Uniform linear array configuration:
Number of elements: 8
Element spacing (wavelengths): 0.25
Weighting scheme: cosine
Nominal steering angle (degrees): -15
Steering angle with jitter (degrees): -13.153
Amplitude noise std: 0.05
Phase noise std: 0.05

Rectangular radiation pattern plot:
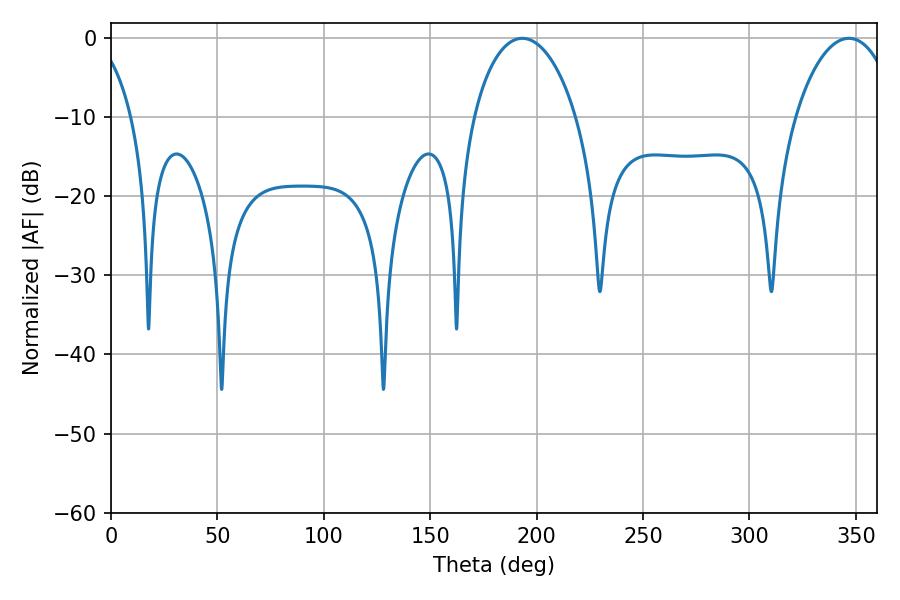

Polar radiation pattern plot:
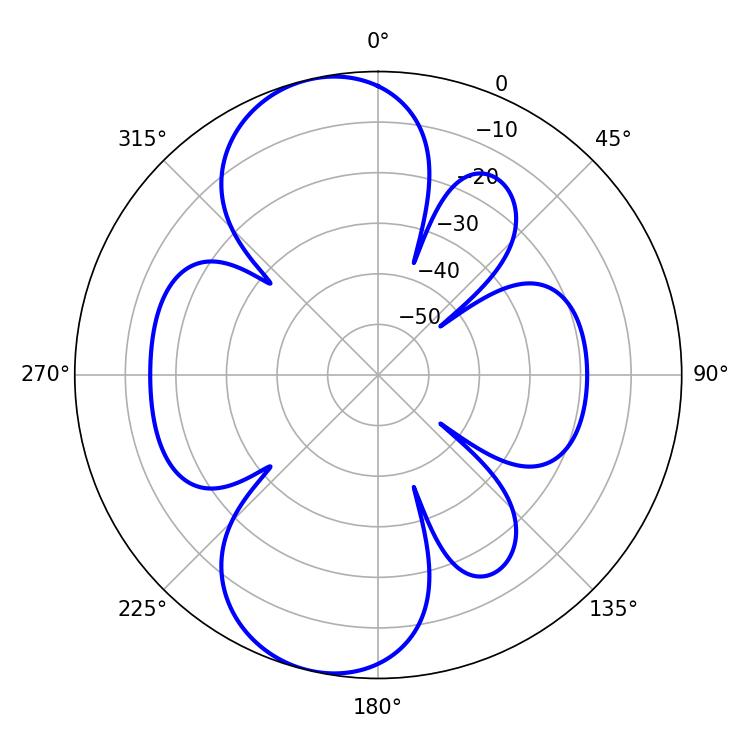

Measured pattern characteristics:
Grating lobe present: FALSE
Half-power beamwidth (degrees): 27.54
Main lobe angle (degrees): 193.32